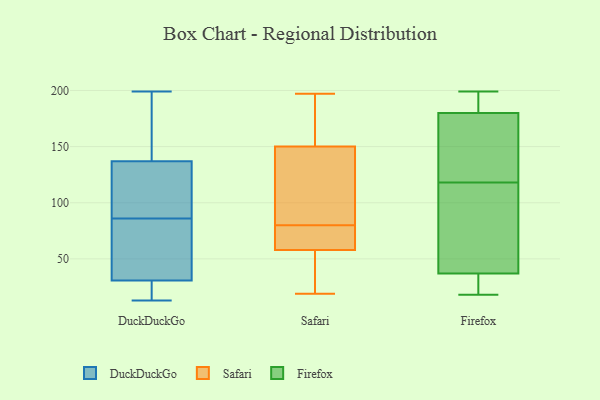
{"axis": {"x": "Waste Production (Tons)", "y": "Value"}, "legend": ["DuckDuckGo", "Firefox", "Safari"], "data": [{"x": "", "y": 47, "type": "DuckDuckGo"}, {"x": "", "y": 61, "type": "DuckDuckGo"}, {"x": "", "y": 199, "type": "DuckDuckGo"}, {"x": "", "y": 167, "type": "DuckDuckGo"}, {"x": "", "y": 173, "type": "DuckDuckGo"}, {"x": "", "y": 127, "type": "DuckDuckGo"}, {"x": "", "y": 18, "type": "DuckDuckGo"}, {"x": "", "y": 86, "type": "DuckDuckGo"}, {"x": "", "y": 13, "type": "DuckDuckGo"}, {"x": "", "y": 192, "type": "DuckDuckGo"}, {"x": "", "y": 92, "type": "DuckDuckGo"}, {"x": "", "y": 109, "type": "DuckDuckGo"}, {"x": "", "y": 14, "type": "DuckDuckGo"}, {"x": "", "y": 16, "type": "DuckDuckGo"}, {"x": "", "y": 35, "type": "DuckDuckGo"}, {"x": "", "y": 36, "type": "DuckDuckGo"}, {"x": "", "y": 101, "type": "DuckDuckGo"}, {"x": "", "y": 80, "type": "Safari"}, {"x": "", "y": 45, "type": "Safari"}, {"x": "", "y": 48, "type": "Safari"}, {"x": "", "y": 125, "type": "Safari"}, {"x": "", "y": 58, "type": "Safari"}, {"x": "", "y": 75, "type": "Safari"}, {"x": "", "y": 189, "type": "Safari"}, {"x": "", "y": 163, "type": "Safari"}, {"x": "", "y": 19, "type": "Safari"}, {"x": "", "y": 97, "type": "Safari"}, {"x": "", "y": 81, "type": "Safari"}, {"x": "", "y": 80, "type": "Safari"}, {"x": "", "y": 150, "type": "Safari"}, {"x": "", "y": 19, "type": "Safari"}, {"x": "", "y": 60, "type": "Safari"}, {"x": "", "y": 70, "type": "Safari"}, {"x": "", "y": 197, "type": "Safari"}, {"x": "", "y": 163, "type": "Safari"}, {"x": "", "y": 199, "type": "Firefox"}, {"x": "", "y": 109, "type": "Firefox"}, {"x": "", "y": 23, "type": "Firefox"}, {"x": "", "y": 149, "type": "Firefox"}, {"x": "", "y": 26, "type": "Firefox"}, {"x": "", "y": 53, "type": "Firefox"}, {"x": "", "y": 182, "type": "Firefox"}, {"x": "", "y": 107, "type": "Firefox"}, {"x": "", "y": 162, "type": "Firefox"}, {"x": "", "y": 127, "type": "Firefox"}, {"x": "", "y": 186, "type": "Firefox"}, {"x": "", "y": 37, "type": "Firefox"}, {"x": "", "y": 18, "type": "Firefox"}, {"x": "", "y": 180, "type": "Firefox"}]}